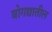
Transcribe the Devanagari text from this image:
बोगद्यातील